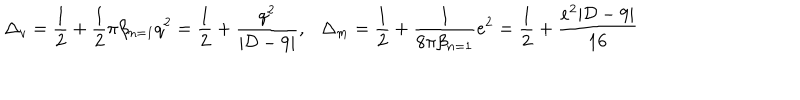
\Delta _ { v } = { \frac { 1 } { 2 } } + { \frac { 1 } { 2 } } \pi \beta _ { n = 1 } q ^ { 2 } = { \frac { 1 } { 2 } } + { \frac { q ^ { 2 } } { | { \cal D } - 9 | } } , \; \; \, \Delta _ { m } = { \frac { 1 } { 2 } } + { \frac { 1 } { 8 \pi \beta _ { n = 1 } } } e ^ { 2 } = { \frac { 1 } { 2 } } + { \frac { e ^ { 2 } | { \cal D } - 9 | } { 1 6 } }